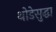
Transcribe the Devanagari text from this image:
थोडेसुद्धा